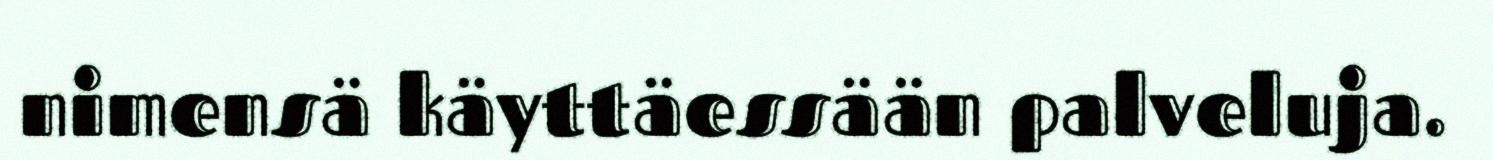
nimensä käyttäessään palveluja.